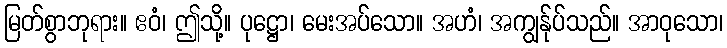
မြတ်စွာဘုရား။ ဧဝံ၊ ဤသို့။ ပုဋ္ဌော၊ မေးအပ်သော။ အဟံ၊ အကျွန်ုပ်သည်။ အာဝုသော၊